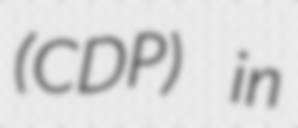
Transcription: (CDP) in